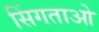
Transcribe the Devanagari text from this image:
सिंगताओ